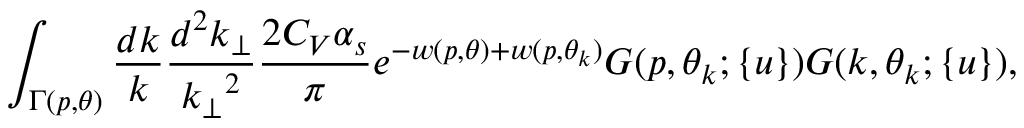
\int _ { \Gamma ( p , \theta ) } { \frac { d k } { k } } { \frac { d ^ { 2 } k _ { \perp } } { { { k } _ { \perp } } ^ { 2 } } } { \frac { 2 C _ { V } \alpha _ { s } } { \pi } } e ^ { - w ( p , \theta ) + w ( p , \theta _ { k } ) } G ( p , \theta _ { k } ; \{ u \} ) G ( k , \theta _ { k } ; \{ u \} ) ,